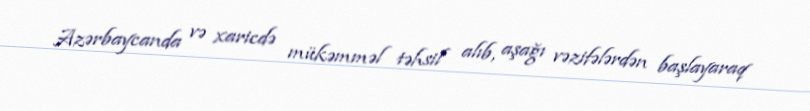
Azərbaycanda və xaricdə mükəmməl təhsil alıb, aşağı vəzifələrdən başlayaraq